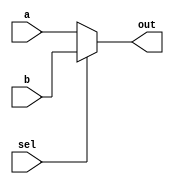
module top_module( 
    input a, b, sel,
    output out ); 

    assign out = ( (sel==1) ? b : a); 
    
    // Mux expressed as AND and OR
    // assign out = (sel & b) | (~sel & a);	

endmodule